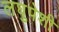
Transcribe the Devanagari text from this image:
लघुपेशी